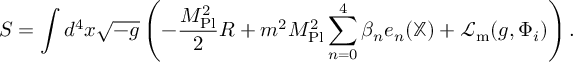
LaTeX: S = \int d ^ { 4 } x { \sqrt { - g } } \left( - { \frac { M _ { \mathrm { P l } } ^ { 2 } } { 2 } } R + m ^ { 2 } M _ { \mathrm { P l } } ^ { 2 } \displaystyle \sum _ { n = 0 } ^ { 4 } \beta _ { n } e _ { n } ( \mathbb { X } ) + { \mathcal { L } } _ { \mathrm { m } } ( g , \Phi _ { i } ) \right) .